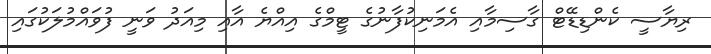
ރިޔާސީ ކެންޑިޑޭޓް ގާސިމާއި އެމަނިކުފާނުގެ ޓީމްގެ އިއްޔެ އާއި މިއަދު ވަނީ ފުވައްމުލަކުގައި